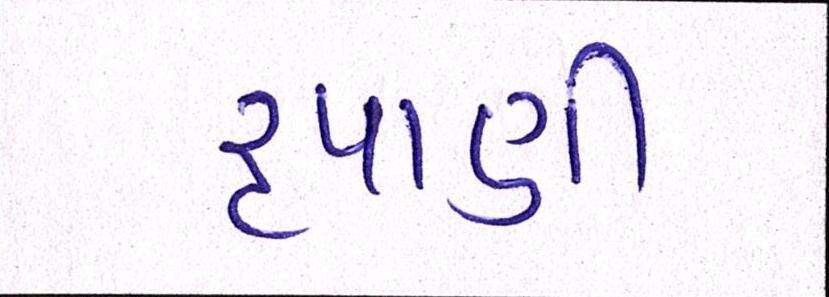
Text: રૃપાણી